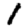
Digit: 1